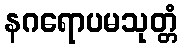
နဂရောပမသုတ္တံ